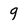
Character: 9